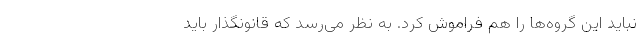
نباید این گروه‌ها را هم فراموش کرد. به نظر می‌رسد که قانونگذار باید